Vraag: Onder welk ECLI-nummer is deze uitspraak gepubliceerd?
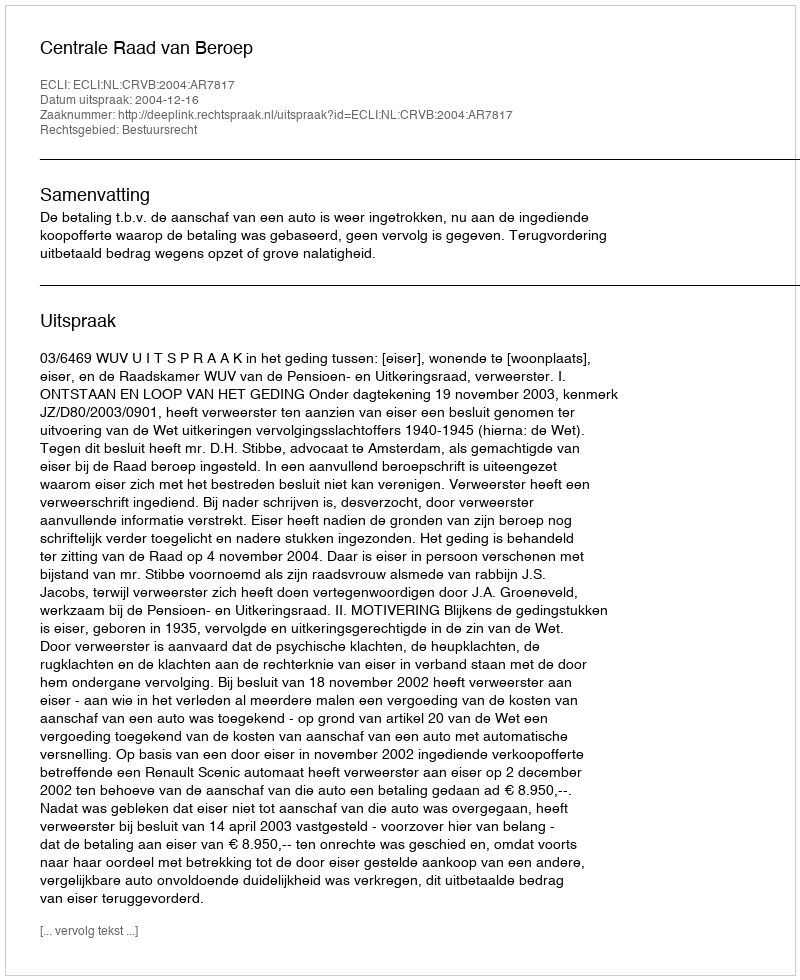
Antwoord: ECLI:NL:CRVB:2004:AR7817